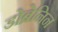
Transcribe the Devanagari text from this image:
डोब्रेनिन